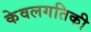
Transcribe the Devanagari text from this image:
केवलगतिकी